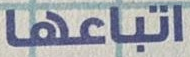
اتباعها